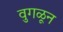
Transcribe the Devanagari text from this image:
वुगळून